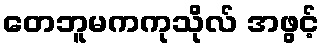
တေဘူမကကုသိုလ် အဖွင့်